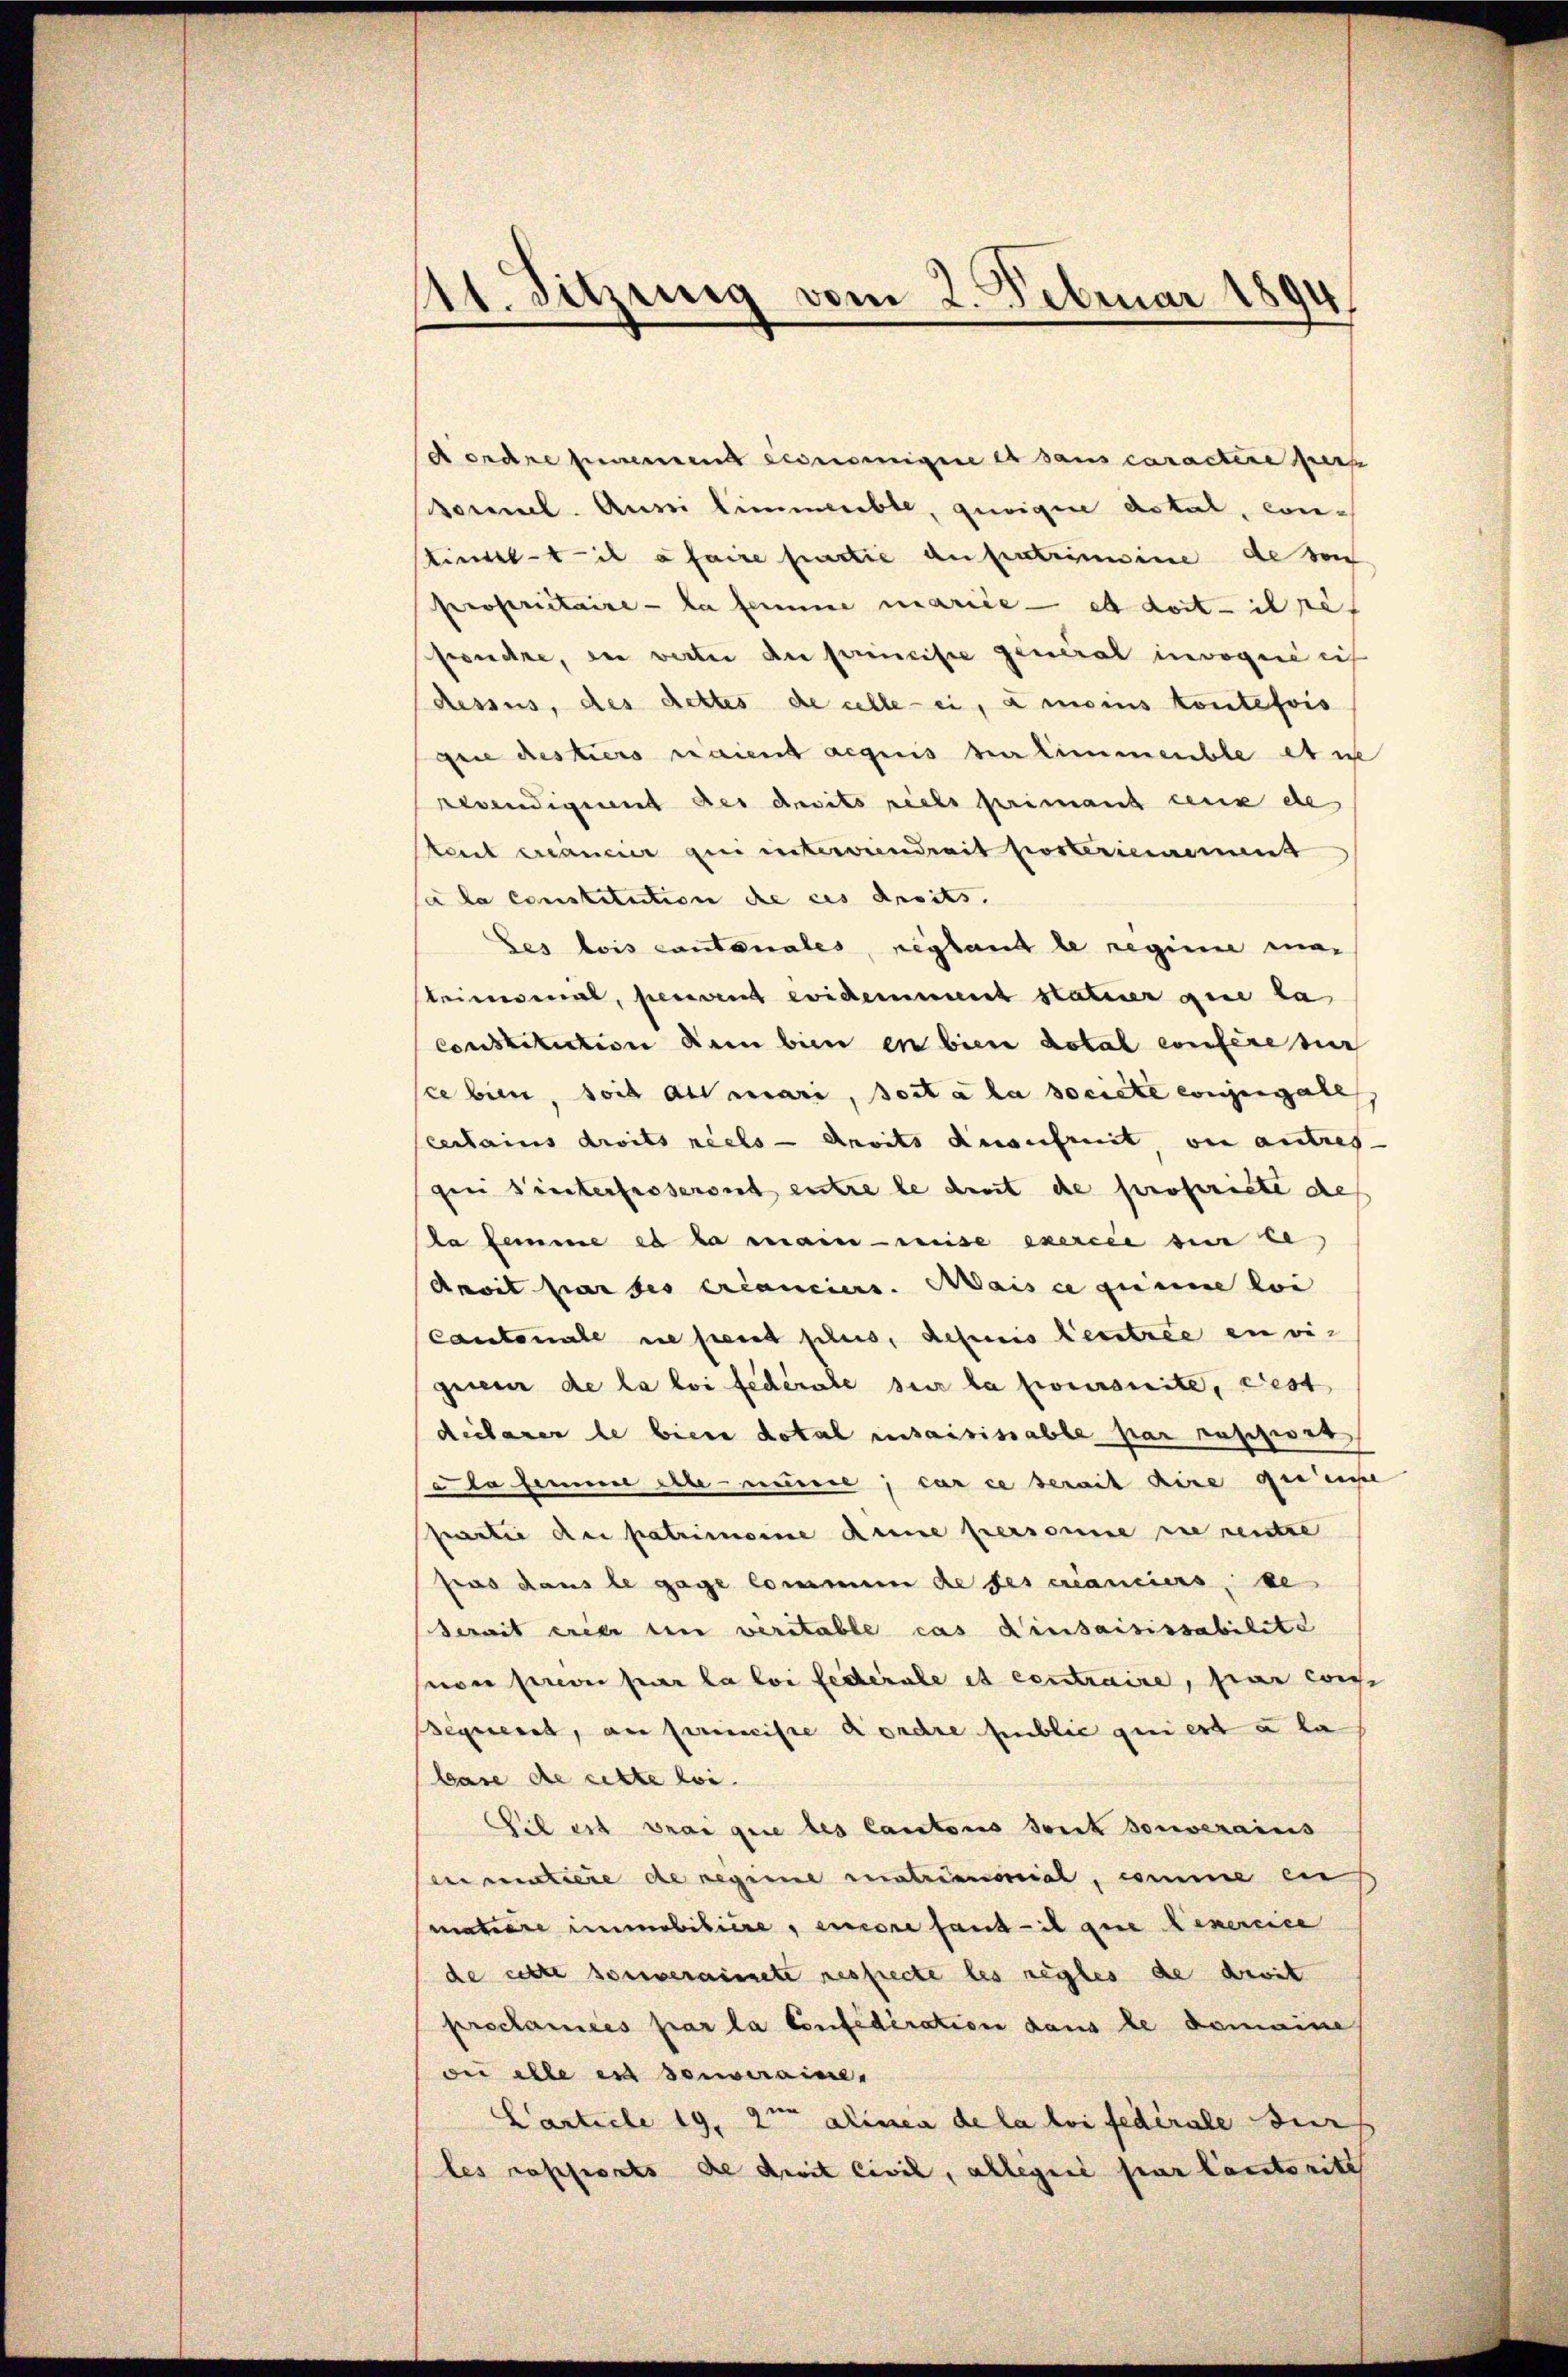
11. Sitzung vom 2. Februar 1894

dordre seien eineinigene et sans caractire pers
sonnel. Ausei limmeuble, zeigen dotal, conlindet il a faire partie anfratrimine de von
Proseritaire la femme mariée — es dort - il per
Brudere, in werter du princiste general invoque ich
dessus, des dettes de celle-ci, à moins toutefois
geie Restiers naient acquis der immenble et i
Bewendiguent der Ansitspiels primant ceux de
tait creancier qui interviendrait posterinament
sa la constitution de ces droits.
Les lois cantonales, replant le reginne man
steinmal, perient evidemment staturer gere la
Constitution dem bien in bien dotal confere zur
sce bien, soit als mari, soit à la societe conjugale
certains droits réels - Anvits Ausschreit, von autres
gee hinterfasseront entre le damit de propriete des
la femme es la main reise exercée sur le
Anoit par des créanciers. Mais ce quine loi
Cantonale ne peut plus, definis entrée envigrieser de la loi fédérale sur la poursuite, west
declarer le bien dotal insaisissable par rapport
ada fernem elte numere; car ce derait hire qui ense
partie dei patrimoine Ruine personne die rentre
pras dans le gage commen de ses créanciers, de
Serait erier ein veritable cas Kiesaisissabilite
von preve par la loi fédérale et centraire, par cons
Sequent, an perministe Kondre public qui est à la
bare de cette loi.
Pil est drai que les Cantons sont souverains
enmutiere de Reginne matrimonial, comme en
matiere immobiliere, encore fand il gere exercice
de cette souverainete respecte les negles de devit
proclamées par la Confederation dans le demaine
oi elle es souveraine,
Carticle 19, 2ten alinea de la loi fédérale durf
les rapports de droit civil, allegiii par Cantorit